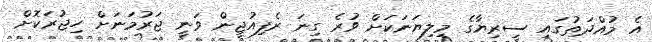
އެ މުއްދަތުގައި ސީރިޔާގެ މިލިޔަނަކަށް ވުރެ ގިނަ ރެފިއުޖީން ވަނީ ޖަރުމަނަށް ހިޖުރަކޮށް